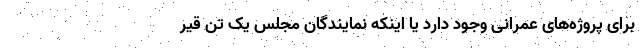
برای پروژه‌های عمرانی وجود دارد یا اینکه نمایندگان مجلس یک تن قیر